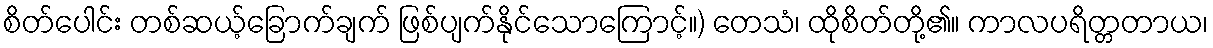
စိတ်ပေါင်း တစ်ဆယ့်ခြောက်ချက် ဖြစ်ပျက်နိုင်သောကြောင့်။) တေသံ၊ ထိုစိတ်တို့၏။ ကာလပရိတ္တတာယ၊